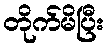
တိုက်မိပြီး